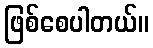
ဖြစ်စေပါတယ်။